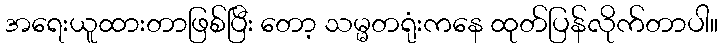
အရေးယူထားတာဖြစ်ပြီး တော့ သမ္မတရုံးကနေ ထုတ်ပြန်လိုက်တာပါ။